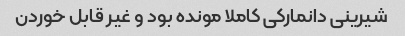
شیرینی دانمارکی کاملا مونده بود و غیر قابل خوردن